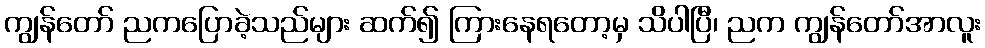
ကျွန်တော် ညကပြောခဲ့သည်များ ဆက်၍ ကြားနေရတော့မှ သိပါပြီ၊ ညက ကျွန်တော်အာလူး